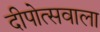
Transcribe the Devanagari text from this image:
दीपोत्सवाला